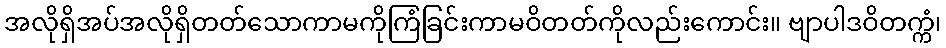
အလိုရှိအပ်အလိုရှိတတ်သောကာမကိုကြံခြင်းကာမဝိတတ်ကိုလည်းကောင်း။ ဗျာပါဒဝိတက္ကံ၊